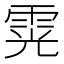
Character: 䨔